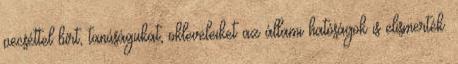
pecséttel bírt, tanúságukat, okleveleiket az állami hatóságok is elismerték.